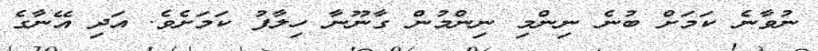
ނުވާނެ ކަމަށް ބުނެ ނިންމި ނިންމުން ގާނޫނާ ހިލާފު ކަމަށެވެ. އަދި އޭނާގެ